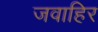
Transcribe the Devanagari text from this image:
जवाहिर